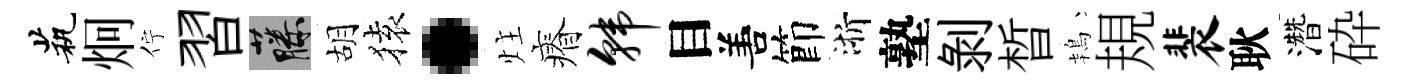
茕炯佇習藤胡𫞤·炷瘠韩目𠵊節浙塾剝晳鴇規裴耿濳砕